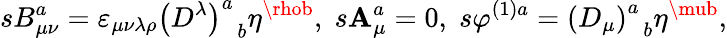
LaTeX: sB_{\mu\nu}^{a}=\varepsilon_{\mu\nu\lambda\rho}\left(D^{\lambda}\right)_{\; \; b}^{a}\eta^{\rhob},\; s\mathbf{A}_{\mu}^{a}=0,\; s\varphi^{(1)a}=\left(D_{\mu}\right)_{\; \; b}^{a}\eta^{\mub},